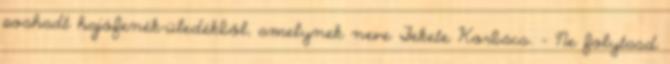
poshadt hajófenék-üledékből, amelynek neve Fekete Korbács. - Ne folytasd